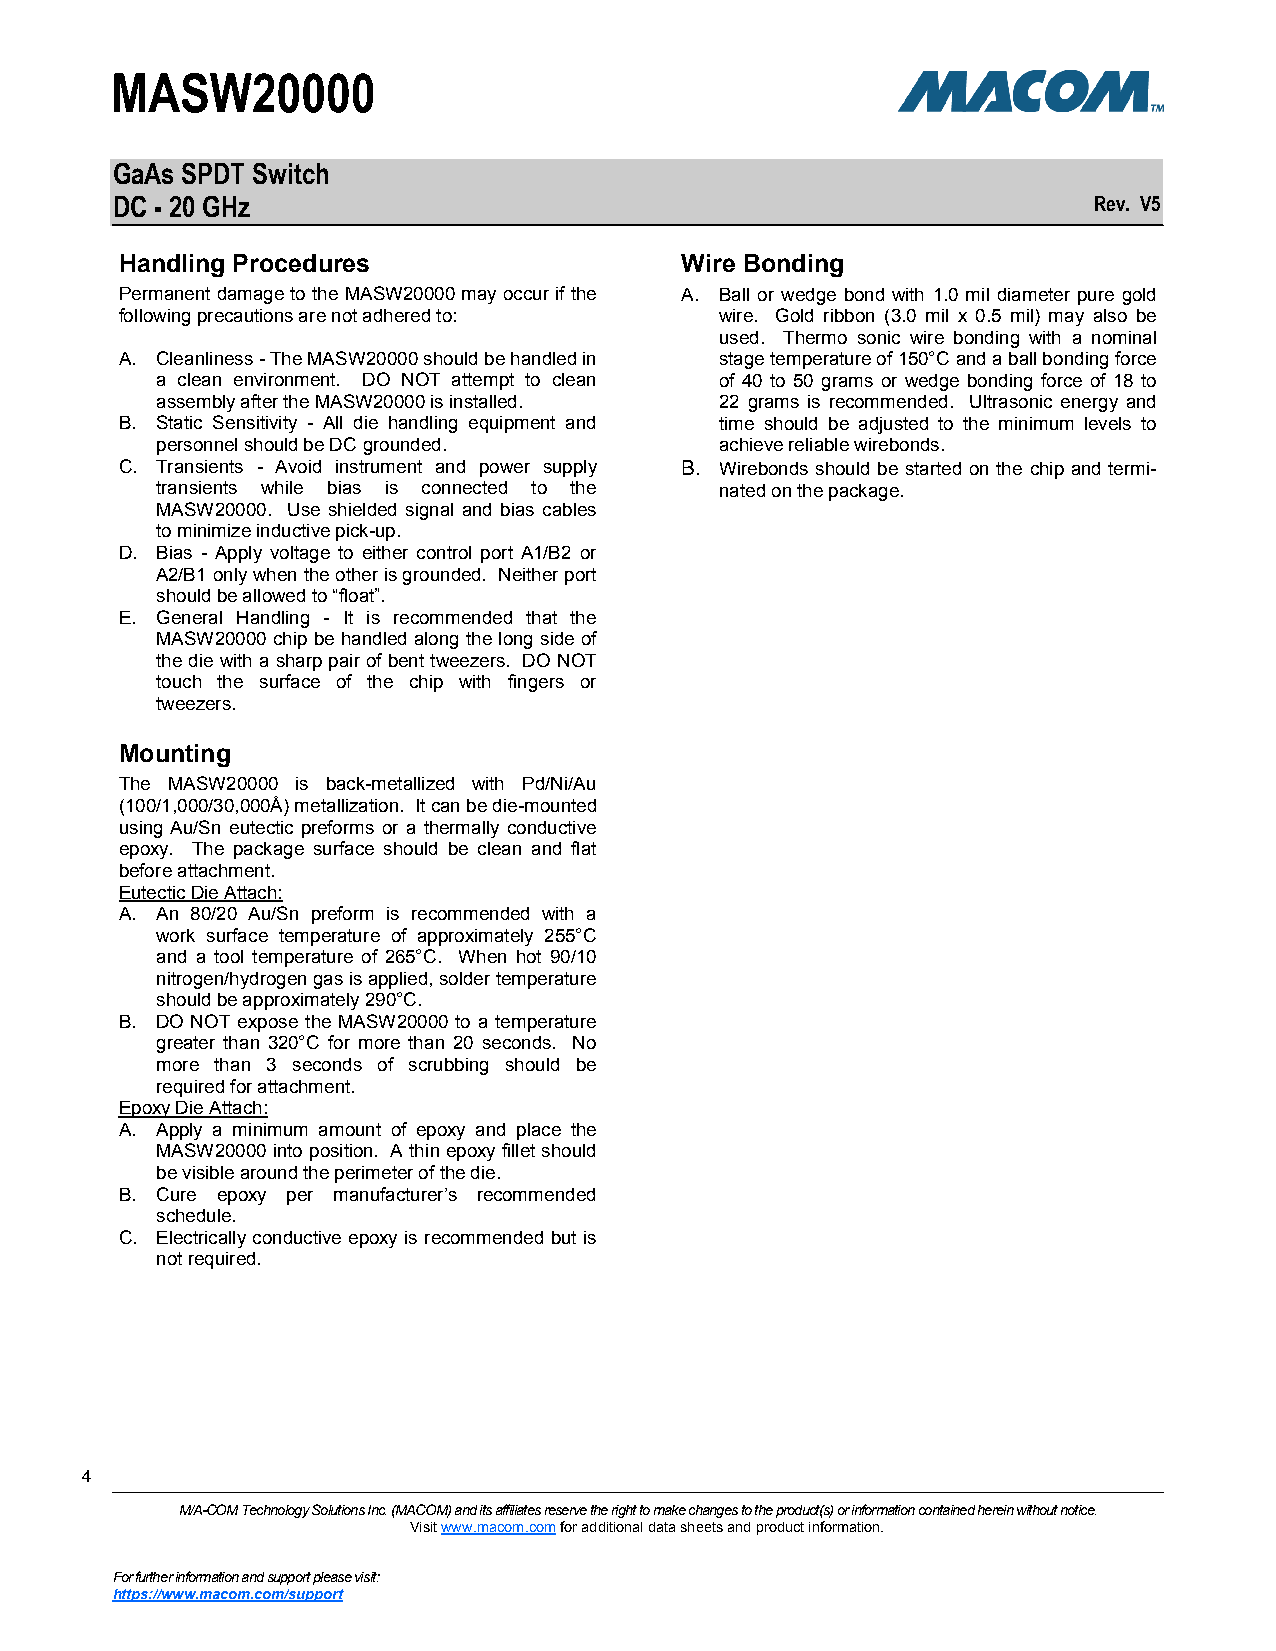
MASW20000
 GaAs SPDT Switch
 DC - 20 GHz                                                      Rev. V5
 Handling Procedures                  Wire Bonding
 Permanent damage to the MASW20000 may occur if the A. Ball or wedge bond with 1.0 mil diameter pure gold
 following precautions are not adhered to: wire. Gold ribbon (3.0 mil x 0.5 mil) may also be
 used. Thermo sonic wire bonding with a nominal
 A. Cleanliness - The MASW20000 should be handled in stage temperature of 150°C and a ball bonding force
 a clean environment. DO NOT attempt to clean of 40 to 50 grams or wedge bonding force of 18 to
 assembly after the MASW20000 is installed. 22 grams is recommended. Ultrasonic energy and
 B. Static Sensitivity - All die handling equipment and time should be adjusted to the minimum levels to
 personnel should be DC grounded.      achieve reliable wirebonds.
 C. Transients - Avoid instrument and power supply B. Wirebonds should be started on the chip and termi-
 transients while bias is connected to the nated on the package.
 MASW20000. Use shielded signal and bias cables
 to minimize inductive pick-up.
 D. Bias - Apply voltage to either control port A1/B2 or
 A2/B1 only when the other is grounded. Neither port
 should be allowed to ―float‖.
 E. General Handling - It is recommended that the
 MASW20000 chip be handled along the long side of
 the die with a sharp pair of bent tweezers. DO NOT
 touch the surface of the chip with fingers or
 tweezers.
 Mounting
 The MASW20000 is back-metallized with Pd/Ni/Au
 (100/1,000/30,000Å) metallization. It can be die-mounted
 using Au/Sn eutectic preforms or a thermally conductive
 epoxy. The package surface should be clean and flat
 before attachment.
 Eutectic Die Attach:
 A. An 80/20 Au/Sn preform is recommended with a
 work surface temperature of approximately 255°C
 and a tool temperature of 265°C. When hot 90/10
 nitrogen/hydrogen gas is applied, solder temperature
 should be approximately 290°C.
 B. DO NOT expose the MASW20000 to a temperature
 greater than 320°C for more than 20 seconds. No
 more than 3 seconds of scrubbing should be
 required for attachment.
 Epoxy Die Attach:
 A. Apply a minimum amount of epoxy and place the
 MASW20000 into position. A thin epoxy fillet should
 be visible around the perimeter of the die.
 B. Cure epoxy per manufacturer’s recommended
 schedule.
 C. Electrically conductive epoxy is recommended but is
 not required.
 444
 M/A-COM Technology Solutions Inc. (MACOM) and its affiliates reserve the right to make changes to the product(s) or information contained herein without notice.
 Visit www.macom.com for additional data sheets and product information.
 For further information and support please visit:
 https://www.macom.com/support